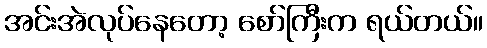
အင်းအဲလုပ်နေတော့ စော်ကြီးက ရယ်တယ်။